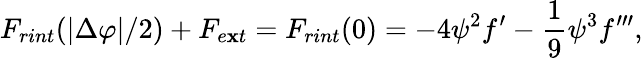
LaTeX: F_{rint}(|\Delta\varphi|/2)+F_{e\mathbf{x}t}=F_{rint}(0)=-4\psi^{2}f^{\prime}-{\frac{{1}}{{9}}}{\psi}^{3}f^{\prime\prime\prime},